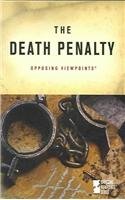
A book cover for The Death Penalty (Opposing Viewpoints Series); Teen & Young Adult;